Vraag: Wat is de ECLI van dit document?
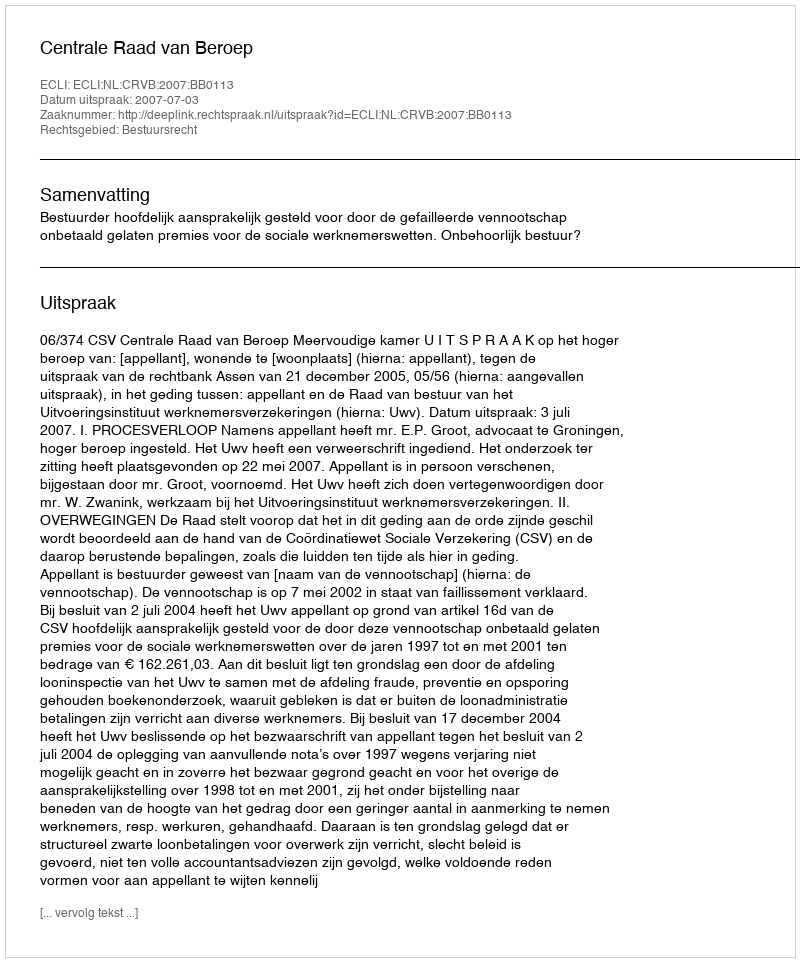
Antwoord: ECLI:NL:CRVB:2007:BB0113